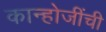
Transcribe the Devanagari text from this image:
कान्होजींची